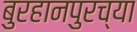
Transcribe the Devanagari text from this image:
बुरहानपुरच्या